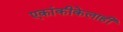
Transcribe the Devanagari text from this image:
एकांकीकेलाही